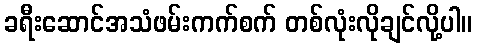
ခရီးဆောင်အသံဖမ်းကက်စက် တစ်လုံးလိုချင်လို့ပါ။